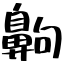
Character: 齁